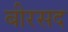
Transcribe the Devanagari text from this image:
बीरसद